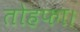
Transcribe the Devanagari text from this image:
तोहफा।